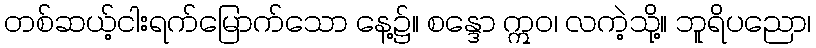
တစ်ဆယ့်ငါးရက်မြောက်သော နေ့၌။ စန္ဒော ဣဝ၊ လကဲ့သို့။ ဘူရိပညော၊